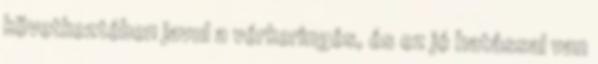
következtében javul a vérkeringés, és ez jó hatással van